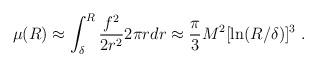
LaTeX: \begin{align*}\mu (R) \approx \int_\delta^R {f^2 \over 2r^2}2\pi rdr\approx {\pi \over 3} M^2[\ln(R/\delta)]^3\;.\end{align*}